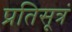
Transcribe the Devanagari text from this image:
प्रतिसूत्रं